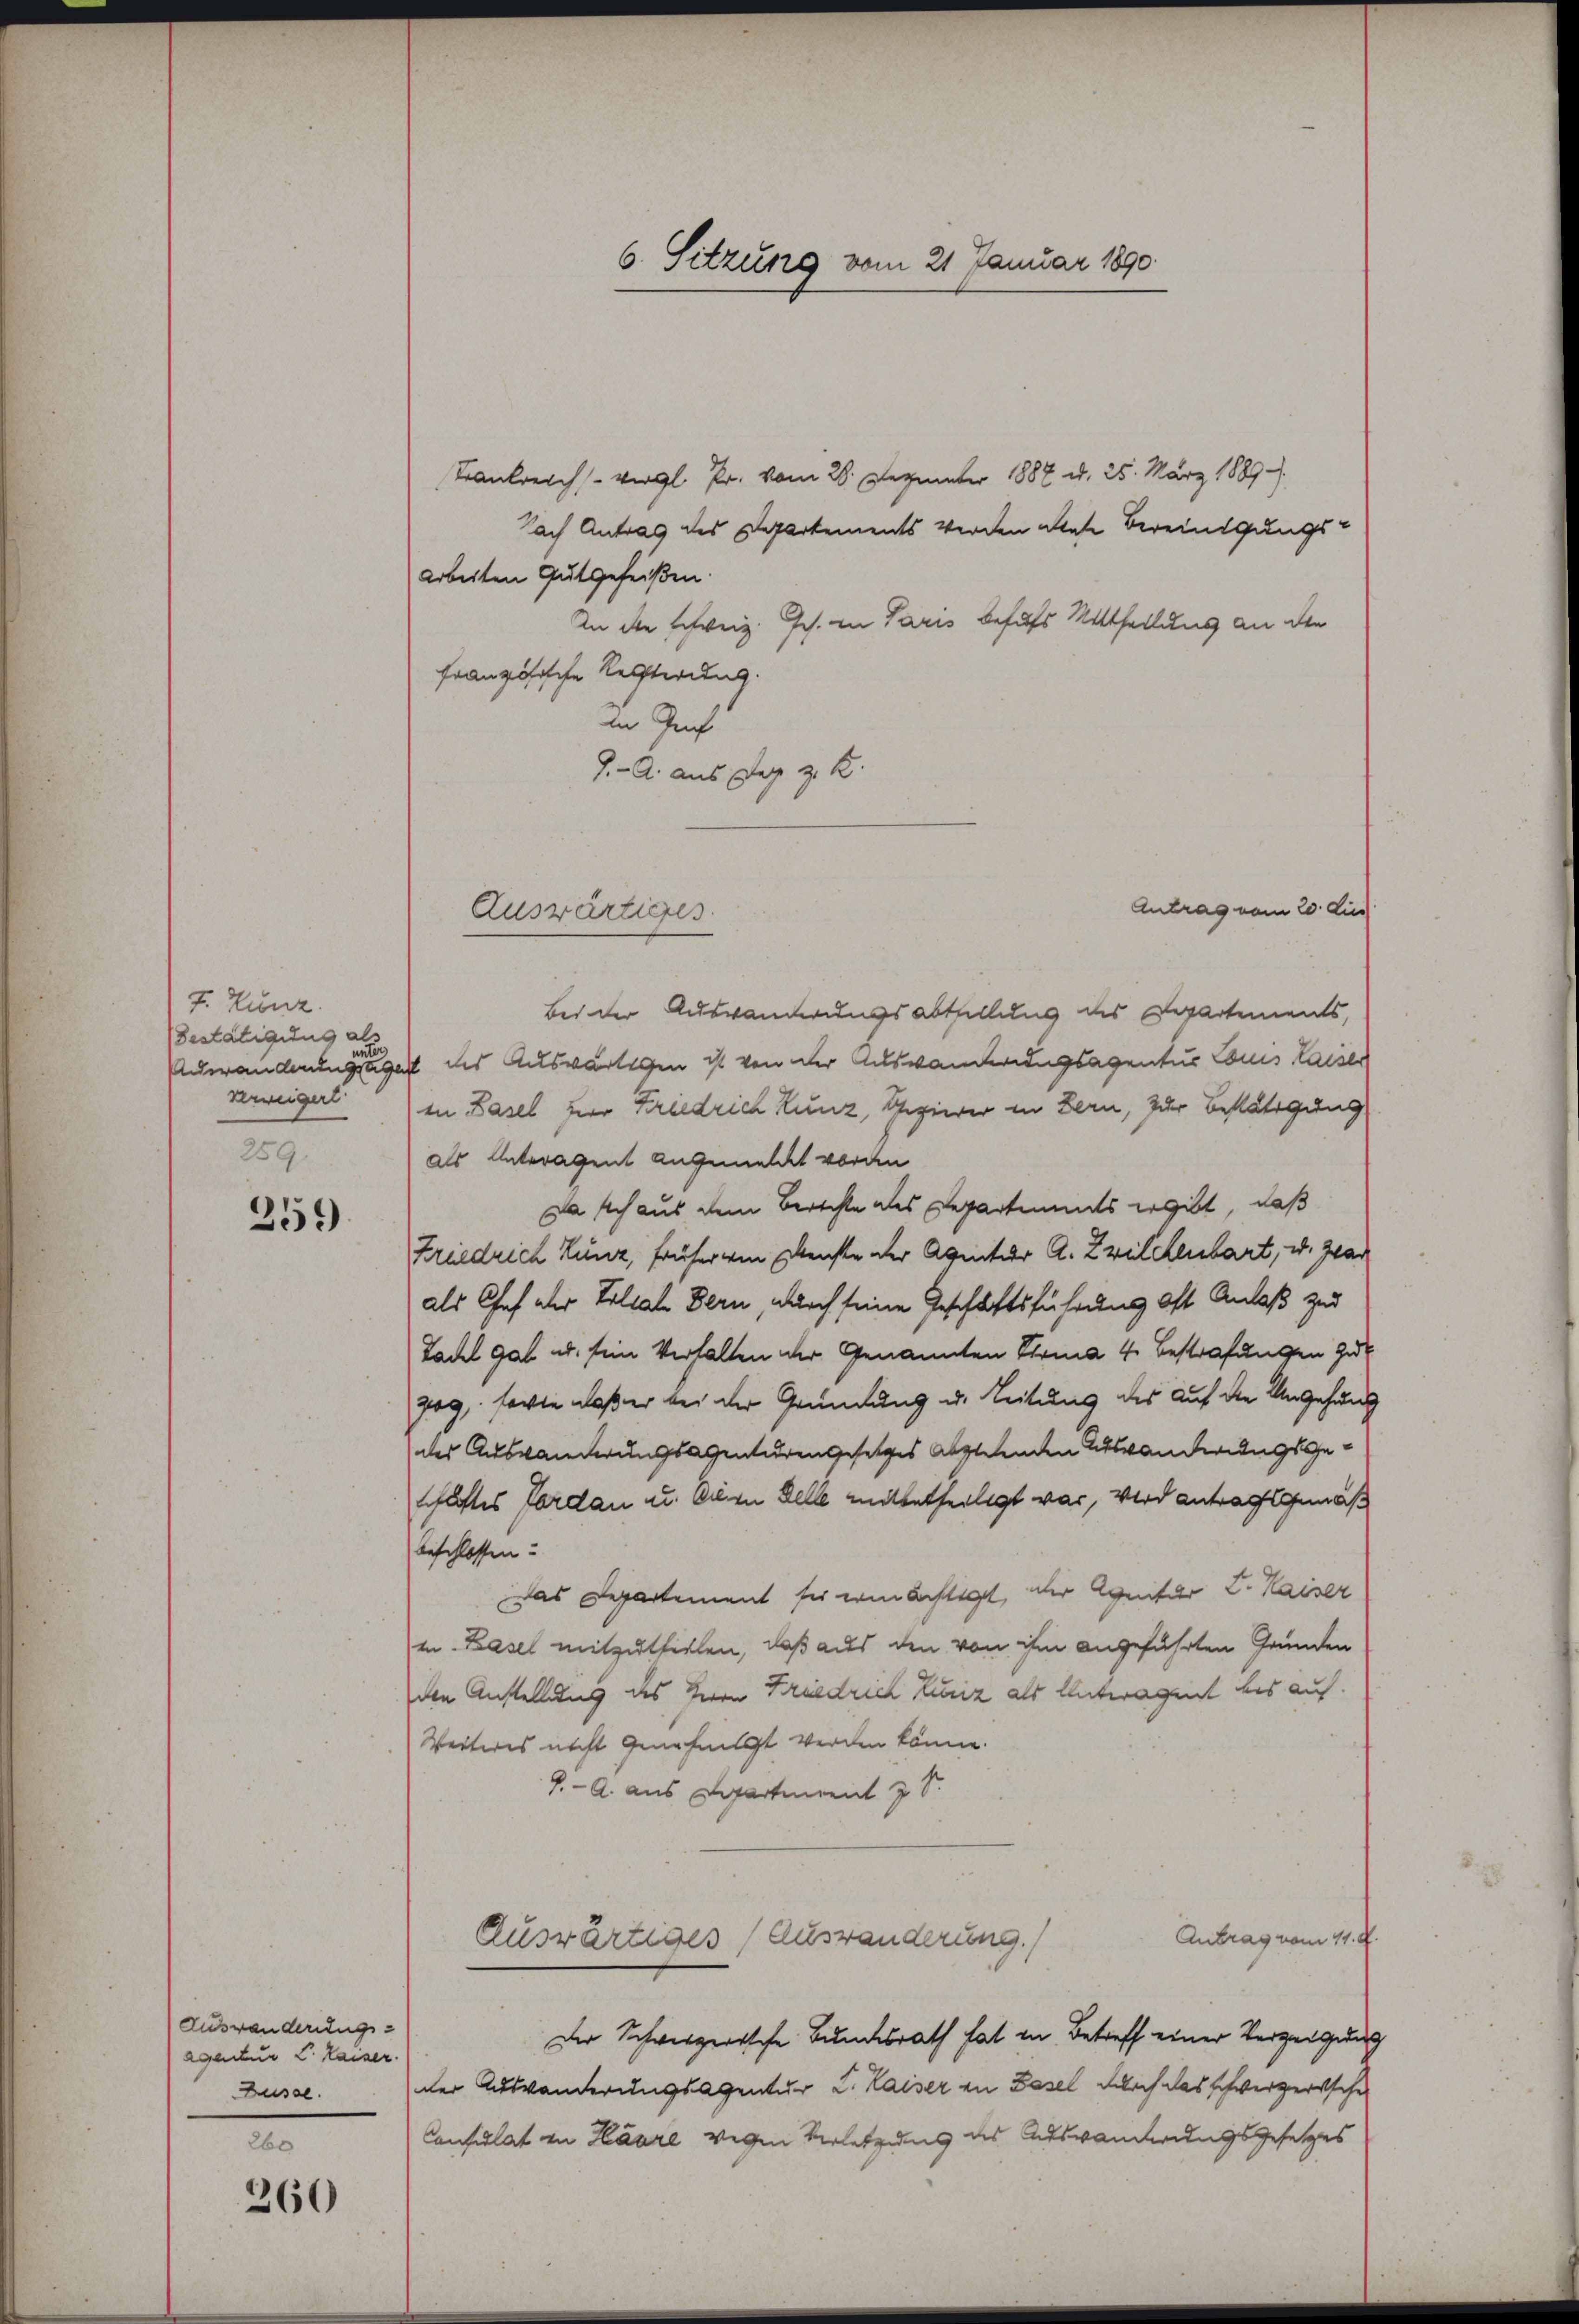
7. Kunz.
Bestätigung a
259.

259

Auswanderungs-
agantur L. Kaiser.
Düsse.

260
360

Trankreich vergl. Pr. vom 28. Dezember 1888 u. 25. März 1889
Nach Antrag des Departements werden diese Bereinigungs¬
Arbeiten Gutgeheißen.
An der schweiz. Joh. in Paris behufs Mittheilung an die
französische Rechterung.
in Gruf
J. A. aus der z. B.

Auswärtiges.

6. Sitzung vom 21 Januar 1890

Antrag vom 20. dies
Bei der Auswanderungsabthellung des Departements,
dwanderung sei est ds Auswärtigen ist von der Auswanderungsagentur Couis laiser
verweigert in Basel zur Kriedrich Kunz, Papierer in Bern, zur Bestätigung
als Unteragent angemeldet worden
Da sich aus dem Berichte des Departements ergibt, daß
Friedrich Kunz, früher von Dienste der Aventar A. Zwilchenbart, u. zwar
als Chef der Filiale Bern, durch seine Geschäftsführung oft Anlaß zur
Tadel gab u. sein Verhalten der Genannten Firma 4. Bestrafungen Gut
zog, sowie daß er bei der Gründung u. Leitung des auf die Ungehäng
des Auswanderungsagenturengesetzes abgehenden Auswanderungsgeschaftes Forden u. Die Delle mitbetheiligt war, wird antragsgemäß
beschlossen.
das Departement sie wichtigt, der Agnitar L. Kaiser
in Basel mitzutheilen, daß aus den von ihm angeführten Grunden
den Anstellung des Herrn Friedrich Zuriz als Unteragent des auf.
Weiteres nicht genehmigt werden könne.
7. A. aus Departement 2 S.
Antrag vom 11. d.
Auswärtiges (Auswanderung.)
Der Schweizerische Bundesrath hat in Betreff einer Verzeigung
der Auswanderungsagentur L. Kaiser in Basel durch das schwerzerische
Consulat in Haare wegen Verletzung des Auswanderungsgesetzes